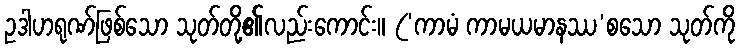
ဥဒါဟရုဏ်ဖြစ်သော သုတ်တို့၏လည်းကောင်း။ (‘ကာမံ ကာမယမာနဿ’စသော သုတ်ကို